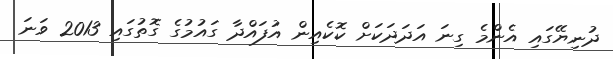
ދުނިޔޭގައި އެންމެ ގިނަ އަދަދަކަށް ކޮކެއިން އުފައްދާ ގައުމުގެ ގޮތުގައި 2013 ވަނަ